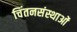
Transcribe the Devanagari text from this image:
चिंतनसंस्थाओं